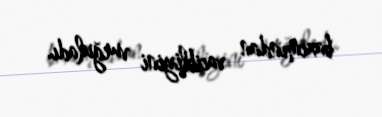
baxımından vacibliyini vurğuladı.